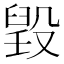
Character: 𣪷